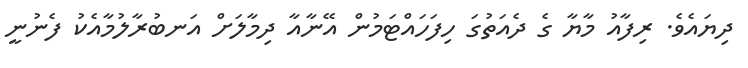
ދިޔައެވެ. ރިފާއު މާޔާ ގެ ދެއަތުގަ ހިފަހައްޓަމުން އޭނާއާ ދިމާލަށް އަނބުރާލުމާއެކު ފެނުނީ